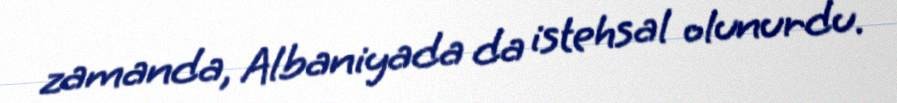
zamanda, Albaniyada da istehsal olunurdu.